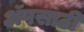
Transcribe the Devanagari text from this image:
अॅपसाठी